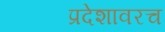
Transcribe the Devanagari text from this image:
प्रदेशावरच